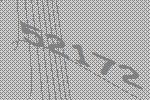
52172